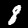
Label: 8